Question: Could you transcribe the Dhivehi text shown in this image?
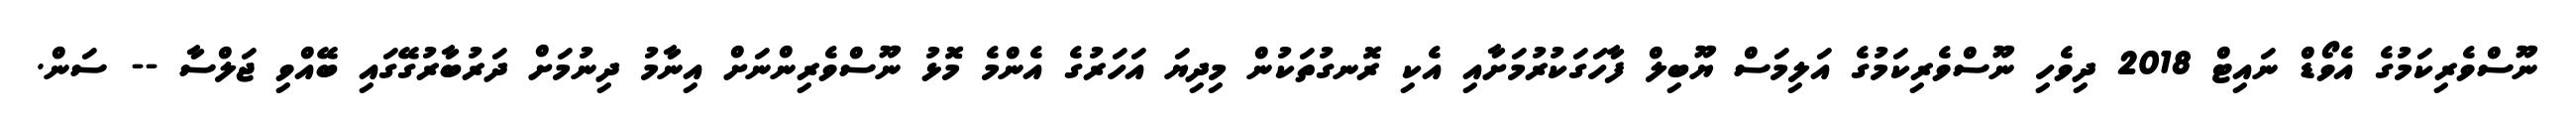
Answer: ނޫސްވެރިކަމުގެ އެވޯޑް ނައިޓް 2018 ދިވެހި ނޫސްވެރިކަމުގެ އަލިމަސް ޔޫބިލް ފާހަގަކުރުމަށާއި އެކި ރޮނގުތަކުން މިދިޔަ އަހަރުގެ އެންމެ މޮޅު ނޫސްވެރިންނަށް އިނާމު ދިނުމަށް ދަރުބާރުގޭގައި ބޭއްވި ޖަލްސާ -- ސަން.